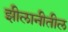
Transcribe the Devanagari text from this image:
झीलानीतील